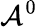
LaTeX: \mathcal{A}^{0}